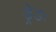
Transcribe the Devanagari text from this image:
ड्रेडः